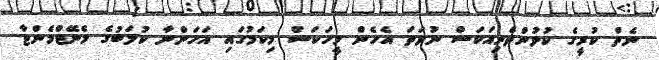
ނެތް ކުރީގެ ކުޅުންތެރިއަކަސް ނުވަތަ އެހެން މީހަކަސް މިކަމުގައި އަހަންނާ ކުލަބުގެ މެނޭޖްމެންޓާ